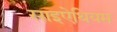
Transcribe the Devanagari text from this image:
साइऐथियम